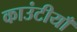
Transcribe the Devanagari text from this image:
काउंटीयाँ